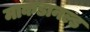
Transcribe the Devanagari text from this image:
माकडानल्ड